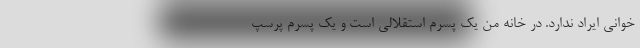
خوانی ایراد ندارد. در خانه من یک پسرم استقلالی است و یک پسرم پرسپ